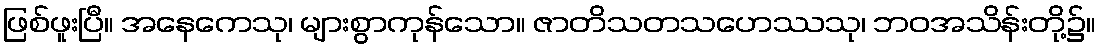
ဖြစ်ဖူးပြီ။ အနေကေသု၊ များစွာကုန်သော။ ဇာတိသတသဟေဿသု၊ ဘဝအသိန်းတို့၌။